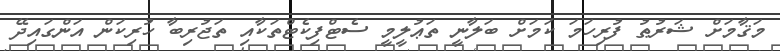
މަޤާމަށް ޝަރުޠު ފުރިހަމަ ކަމަށް ބަލާނީ ތަޢުލީމީ ސެޓްފިކެޓްތަކާއި ތަޖުރިބާ ހުރިކަން އަންގައިދޭ